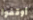
أوقفوا